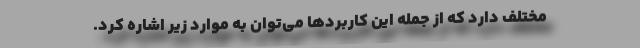
مختلف دارد که از جمله این کاربردها می‌توان به موارد زیر اشاره کرد.